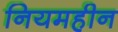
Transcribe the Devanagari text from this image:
नियमहीन